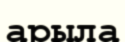
арыла